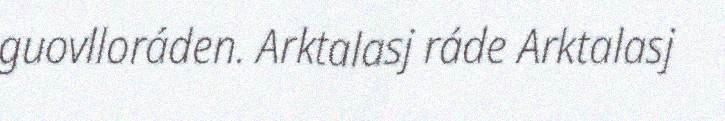
guovlloráden. Arktalasj ráde Arktalasj